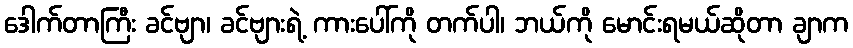
ဒေါက်တာကြီး ခင်ဗျာ၊ ခင်ဗျားရဲ့ ကားပေါ်ကို တက်ပါ၊ ဘယ်ကို မောင်းရမယ်ဆိုတာ ချာက